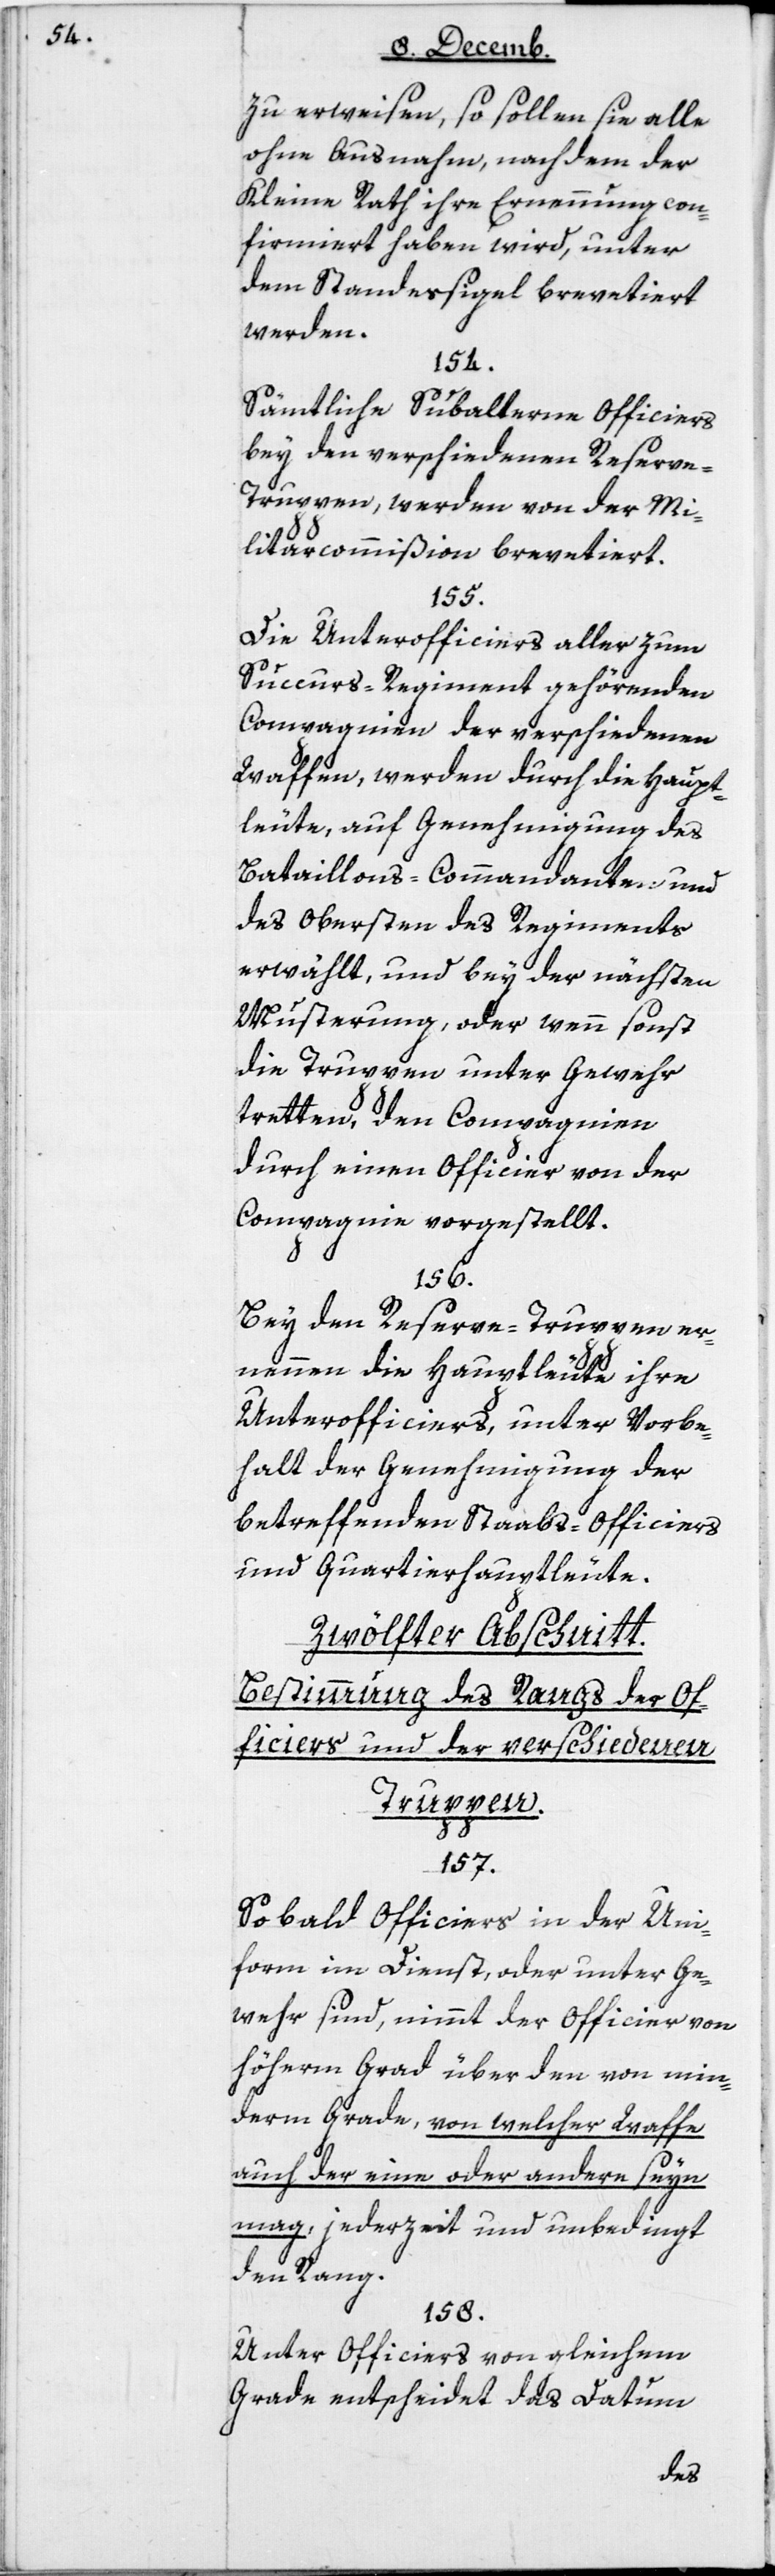
zu erweisen, so sollen sie alle
ohne Ausnahme, nach dem der
Kleine Rath ihre Ernennung con¬
firmiert haben wird, unter
dem Standessigel brevetiert
werden.
154.
Sämtliche Subalterne Officiers
bey den verscheydenen Reserv¬
e-Truppen werden von der Mi¬
litarcommißion brevetiert.
155.
Die Unterofficiers aller zum
Succurs-Regiment gehörenden
Compagnien der verschiedenen
Waffen, werden durch die Haupt¬
leute, auf Genehmigung des
Bataillons-Commandanten und
des Obersten des Regiments
erwählt, und bey der nächsten
Musterung, oder wenn sonst
die Truppen unter Gewehr
tretten, den Compagnien
durch einen Officier von der
Compagnie vorgestellt.
156.
Bey den Reserve-Truppen er¬
nennen die Hauptleute ihre
Unterofficiers, unter Vorbe¬
halt der Genehmigung der
betreffenden Staabs-Officiers
und Quartierhauptleute.
Zwölfter Abschnitt:
Bestimmung des Rangs der Of¬
ficiers und der verschiedenen
Truppen.
157.
Sobald Officiers in der Uni¬
form im Dienst oder unter Ge¬
wehr sind, nimmt der Officier von
höherm Grad über den von min¬
derm Grade, von welcher Waffe
auch der eine oder andern seyn
mag, jederzeit und unbedingt
den Rang.
158.
Unter Officiers von gleichem
Grade entscheidet das Datum